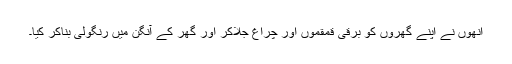
اُنھوں نے اپنے گھروں کو برقی قمقموں اور چراغ جلاکر اور گھر کے آنگن میں رنگولی بناکر کیا۔